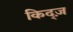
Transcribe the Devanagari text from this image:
किद्ज़